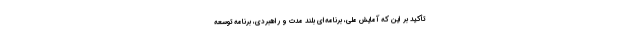
تأکید بر این که آمایش ملی، برنامه‌ای بلند مدت و راهبردی، برنامه توسعه